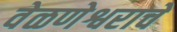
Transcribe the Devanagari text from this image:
वेळणेश्वराचे